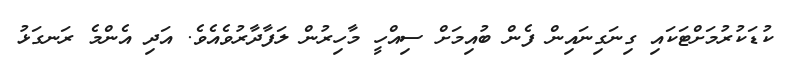
ކުޑަކުރުމަށްޓަކައި ގިނަގިނައިން ފެން ބުއިމަށް ސިއްހީ މާހިރުން ލަފާދާރުވެއެވެ. އަދި އެންމެ ރަނގަޅު